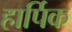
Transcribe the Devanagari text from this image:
हार्पिक